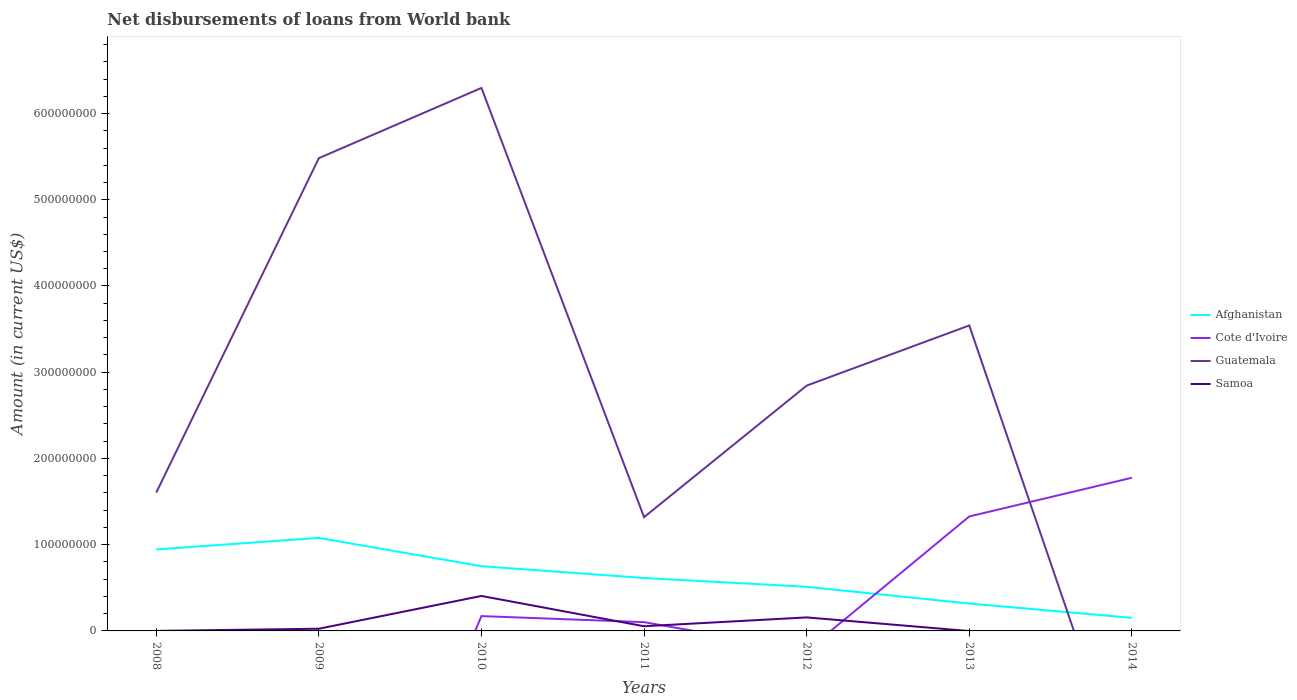
| Years | Afghanistan | Cote d'Ivoire | Guatemala | Samoa |
 | --- | --- | --- | --- | --- |
 | 2008 | 9.45e+07 | -5.61e+08 | 1.6e+08 | 3.6e+04 |
 | 2009 | 1.08e+08 | -4.24e+08 | 5.48e+08 | 2.56e+06 |
 | 2010 | 7.5e+07 | 1.72e+07 | 6.3e+08 | 4.05e+07 |
 | 2011 | 6.14e+07 | 1.02e+07 | 1.32e+08 | 5.44e+06 |
 | 2012 | 5.12e+07 | -2.31e+07 | 2.84e+08 | 1.57e+07 |
 | 2013 | 3.18e+07 | 1.33e+08 | 3.54e+08 | -1.35e+05 |
 | 2014 | 1.52e+07 | 1.78e+08 | -1.96e+08 | -4.65e+06 |